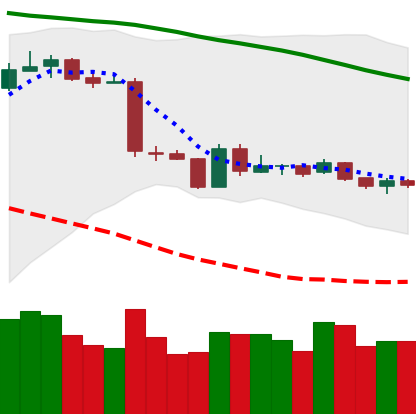
Ticker: ETH-USD
Chart end date: 2019-01-23
Forward return: -9.248%
Label: down_7plus